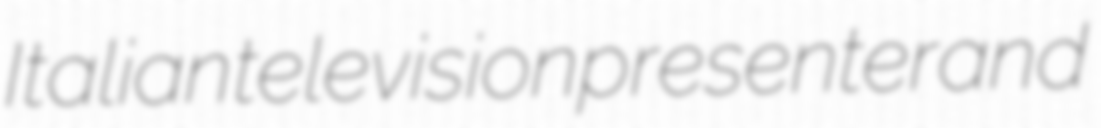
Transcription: Italian television presenter and